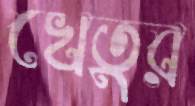
খেতুর